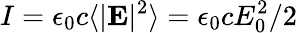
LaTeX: I=\epsilon_{0}c\langle|\mathbf{E}|^{2}\rangle=\epsilon_{0}cE_{0}^{2}/2